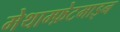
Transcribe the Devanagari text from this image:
मेथाम्फ़ेटमाइन